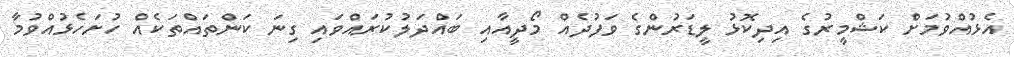
އެޅުއްވުމަށް ކަޝްމީރުގެ އިދިކޮޅު ލީޑަރުންގެ ވަފުދެއް މޯދީއާއި ބައްދަލުކުރައްވައި ގިނަ ކަންތައްތަކެއް ހުށަހެޅުއްވުމާ